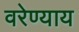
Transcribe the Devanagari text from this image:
वरेण्याय